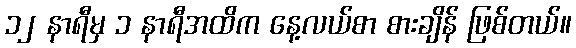
၁၂ နာရီမှ ၁ နာရီအထိက နေ့လယ်စာ စားချိန် ဖြစ်တယ်။